Distribution and causation of leprosy in British India
Year: 1875
Disease focus: Leprosy
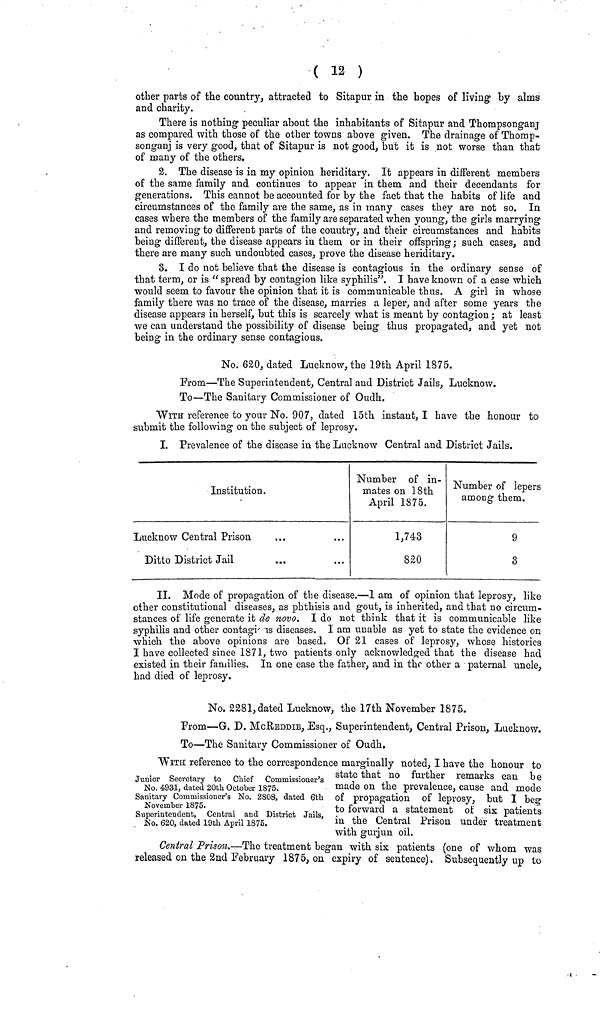
( 12 )
other parts of the country, attracted to Sitapur in the hopes of living by alms
and charity.
There is nothing peculiar about the inhabitants of Sitapur and ThompsonganJ
as compared with those of the other towns above given. The drainage of Thomp-
songanj is very good, that of Sitapur is not good, but it is not worse than that
of many of the others.
2. The disease is in my opinion heriditary. It appears in different members
of the same family and continues to appear in them and their decendants for
generations. This cannot be accounted for by the fact that the habits of life and
circumstances of the family are the same, as in many cases they are not so. In
cases where the members of the family are separated when young, the girls marrying
and removing to different parts of the country, and their circumstances and habits
being different, the disease appears in them or in their offspring; such cases, and
there are many such undoubted cases, prove the disease heriditary.
8. I do not believe that the disease is contagious in the ordinary sense of
that term, or is "spread by contagion like syphilis". I have known of a case which
would seem to favour the opinion that it is communicable thus. A girl in whose
family there was no trace of the disease, marries a leper, and after some years the
disease appears in herself, but this is scarcely what is meant by contagion ; at least
we can understand the possibility of disease being thus propagated, and yet not
being in the ordinary sense contagious.
No. 620, dated Lucknow,the 19th April 1875.
From—The Superintendent, Central and District Jails, Lucknow.
To—The Sanitary Commissioner of Oudh.
WITH reference to your No. 907, dated 15th instant, I have the honour to
submit the following on the subject of leprosy.
I. Prevalence of the disease in the Lucknow Central and District Jails.
Institution.
Lucknow Central Prison
Ditto District Jail
Number of in-
mates on 18th
April 1875.
1,743
820
Number of lepers
among them.
9
3
II. Mode of propagation of the disease.—I am of opinion that leprosy, like
other constitutional diseases, as phthisis and gout, is inherited, and that no circum-
stances of life generate it de novo. I do not think that it is communicable like
syphilis and other contagi is diseases. I am unable as yet to state the evidence on
which the above opinions are based. Of 21 cases of leprosy, whose histories
I have collected since 1871, two patients only acknowledged that the disease had
existed in their families. In one case the father, and in the other a paternal uncle,
had died of leprosy.
No. 2281, dated Lucknow, the 17th November 1875.
From—G. D. McREDDIE, Esq., Superintendent, Central Prison, Lucknow.
To—The Sanitary Commissioner of Oudh.
Junior Secretary to Chief Commissioner's
No. 4931, dated 20th October 1875.
Sanitary Commissioner's No. 2808, dated 6th
November 1875.
Superintendent, Central and District Jails,
No. 620, dated 19th April 1875.
WITH reference to the correspondence marginally noted, I have the honour to
state that no further remarks can be
made on the prevalence, cause and mode
of propagation of leprosy, but I beg
to forward a statement of six patients
in the Central Prison under treatment
with gurjun oil.
Central Prison.—The treatment began with six patients (one of whom was
released on the 2nd February 1875, on expiry of sentence). Subsequently up to